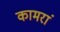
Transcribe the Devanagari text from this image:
कामरां